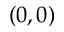
( 0 , 0 )